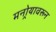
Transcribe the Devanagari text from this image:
मनोर्‍यावरून